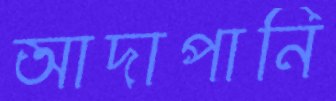
আদাপানি